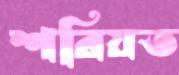
শরিয়ত